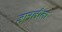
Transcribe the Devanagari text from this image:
ज्ञानलीला